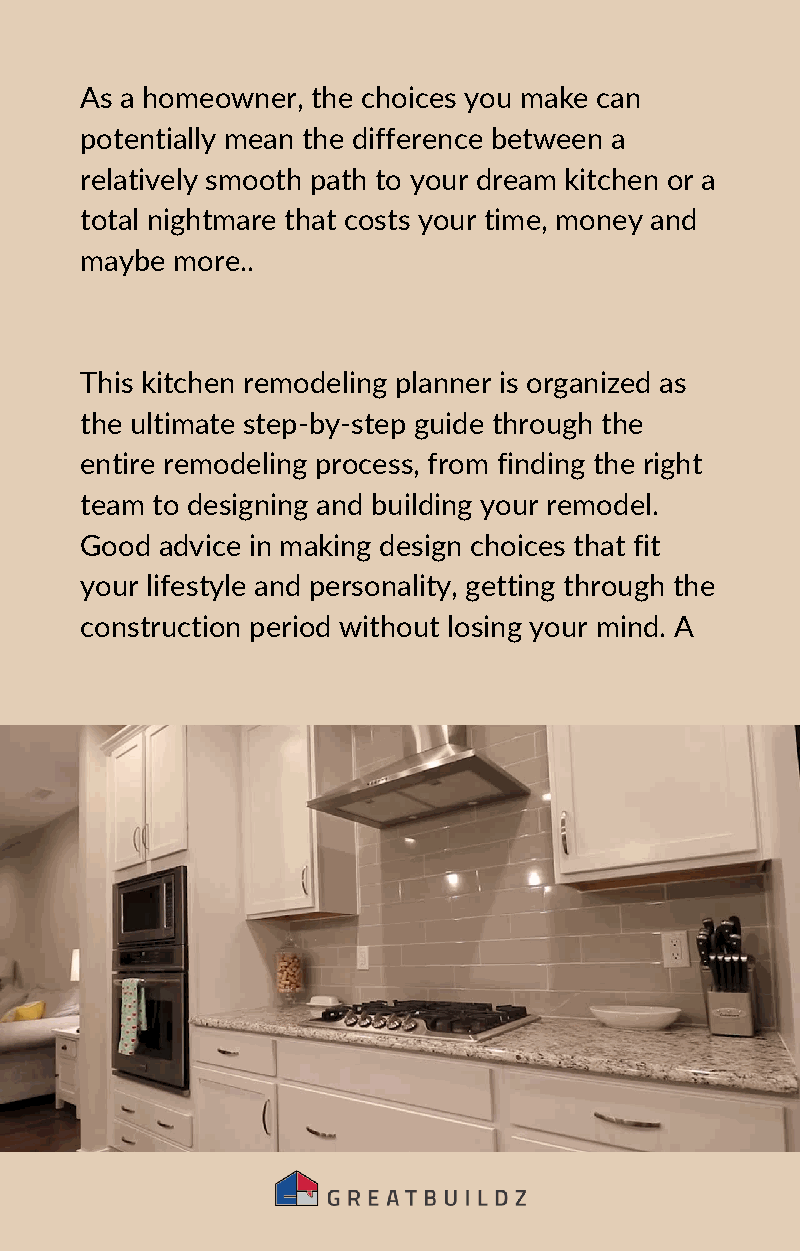
As a homeowner, the choices you make can
 potentially mean the difference between a
 relatively smooth path to your dream kitchen or a
 total nightmare that costs your time, money and
 maybe more..
 This kitchen remodeling planner is organized as
 the ultimate step-by-step guide through the
 entire remodeling process, from finding the right
 team to designing and building your remodel.
 Good advice in making design choices that fit
 your lifestyle and personality, getting through the
 construction period without losing your mind. A